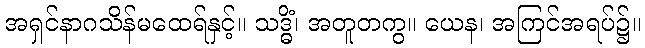
အရှင်နာဂသိန်မထေရ်နှင့်။ သဒ္ဓိံ၊ အတူတကွ။ ယေန၊ အကြင်အရပ်၌။